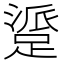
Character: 𬧁